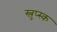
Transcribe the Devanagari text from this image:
स्लुप्स्क